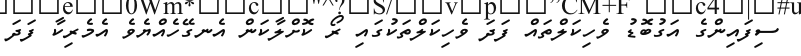
ސިފައިންގެ އަގުބޮޑު ވެހިކަލްތައް ފަދަ ވެހިކަލްތަކުގައި ރޯ ކޮށްލާކަން އެނގޭހެއްޔެވެ އެމެރިކާ ފަދަ